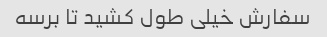
سفارش خیلی طول کشید تا برسه